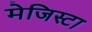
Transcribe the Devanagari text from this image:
मेजिस्टा